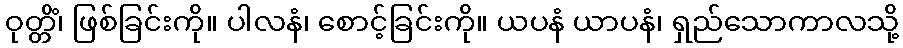
ဝုတ္တိံ၊ ဖြစ်ခြင်းကို။ ပါလနံ၊ စောင့်ခြင်းကို။ ယပနံ ယာပနံ၊ ရှည်သောကာလသို့